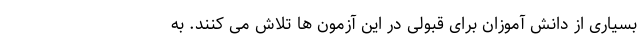
بسیاری از دانش آموزان برای قبولی در این آزمون ها تلاش می کنند. به